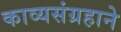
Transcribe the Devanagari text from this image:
काव्यसंग्रहाने